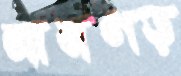
নামগড়